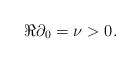
LaTeX: \begin{align*}\Re\partial_{0}=\nu>0.\end{align*}